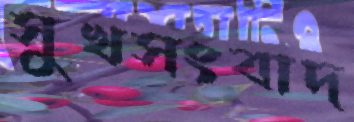
সুখসংবাদ